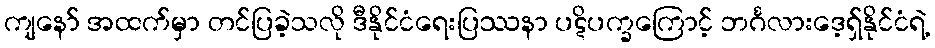
ကျနော် အထက်မှာ တင်ပြခဲ့သလို ဒီနိုင်ငံရေးပြဿနာ ပဋိပက္ခကြောင့် ဘင်္ဂလားဒေ့ရှ်နိုင်ငံရဲ့